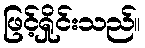
ဖြင့်ရှိုင်းသည်။